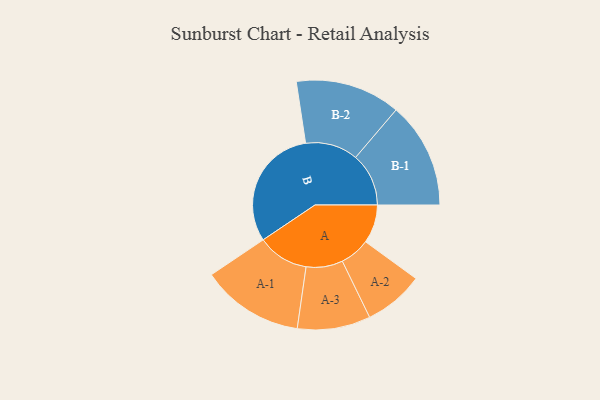
{"axis": {"x": "Segment", "y": "Value"}, "legend": ["", "A", "B"], "data": [{"x": "A", "y": 152, "type": ""}, {"x": "B", "y": 486, "type": ""}, {"x": "A-1", "y": 202, "type": "A"}, {"x": "A-2", "y": 118, "type": "A"}, {"x": "A-3", "y": 144, "type": "A"}, {"x": "B-1", "y": 209, "type": "B"}, {"x": "B-2", "y": 207, "type": "B"}]}